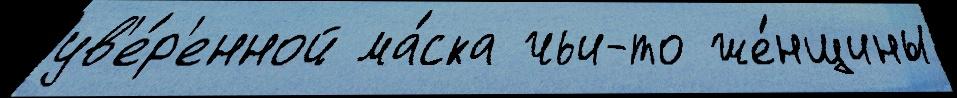
ув'е́р'енной ма́ска чьи-то же́нщины